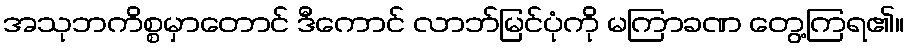
အသုဘကိစ္စမှာတောင် ဒီကောင် လာဘ်မြင်ပုံကို မကြာခဏ တွေ့ကြရ၏။